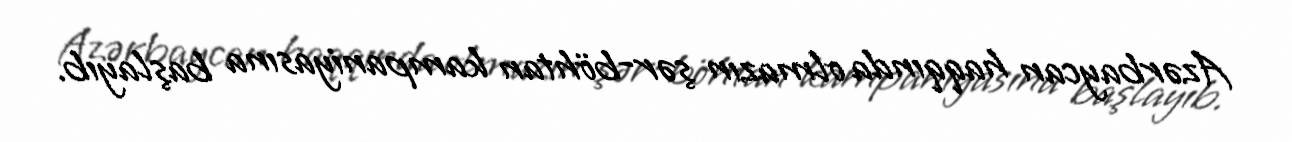
Azərbaycan haqqında olmazın şər-böhtan kampaniyasına başlayıb.